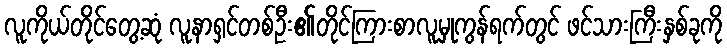
လူကိုယ်တိုင်တွေ့ဆုံ လူနာရှင်တစ်ဦး၏တိုင်ကြားစာလူမှုကွန်ရက်တွင် ဖင်သားကြီးနှစ်ခုကို